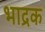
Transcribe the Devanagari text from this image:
भाद्रक